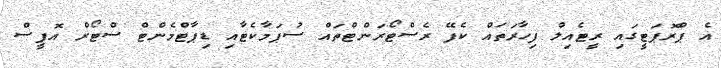
އެ ޕްރޮޕަޓީގައި ރީޓެއިލް ފިހާރަތައް ކެފޭ ރެސްޓޯރަންޓްތައް ސުޕަމާކެޓާއި ޑިޕާޓްމެންޓް ސްޓޯރް އޮފީސް